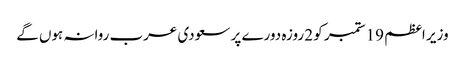
وزیر اعظم 19 ستمبر کو 2 روزہ دورے پر سعودی عرب روانہ ہوں گے